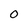
Character: 0